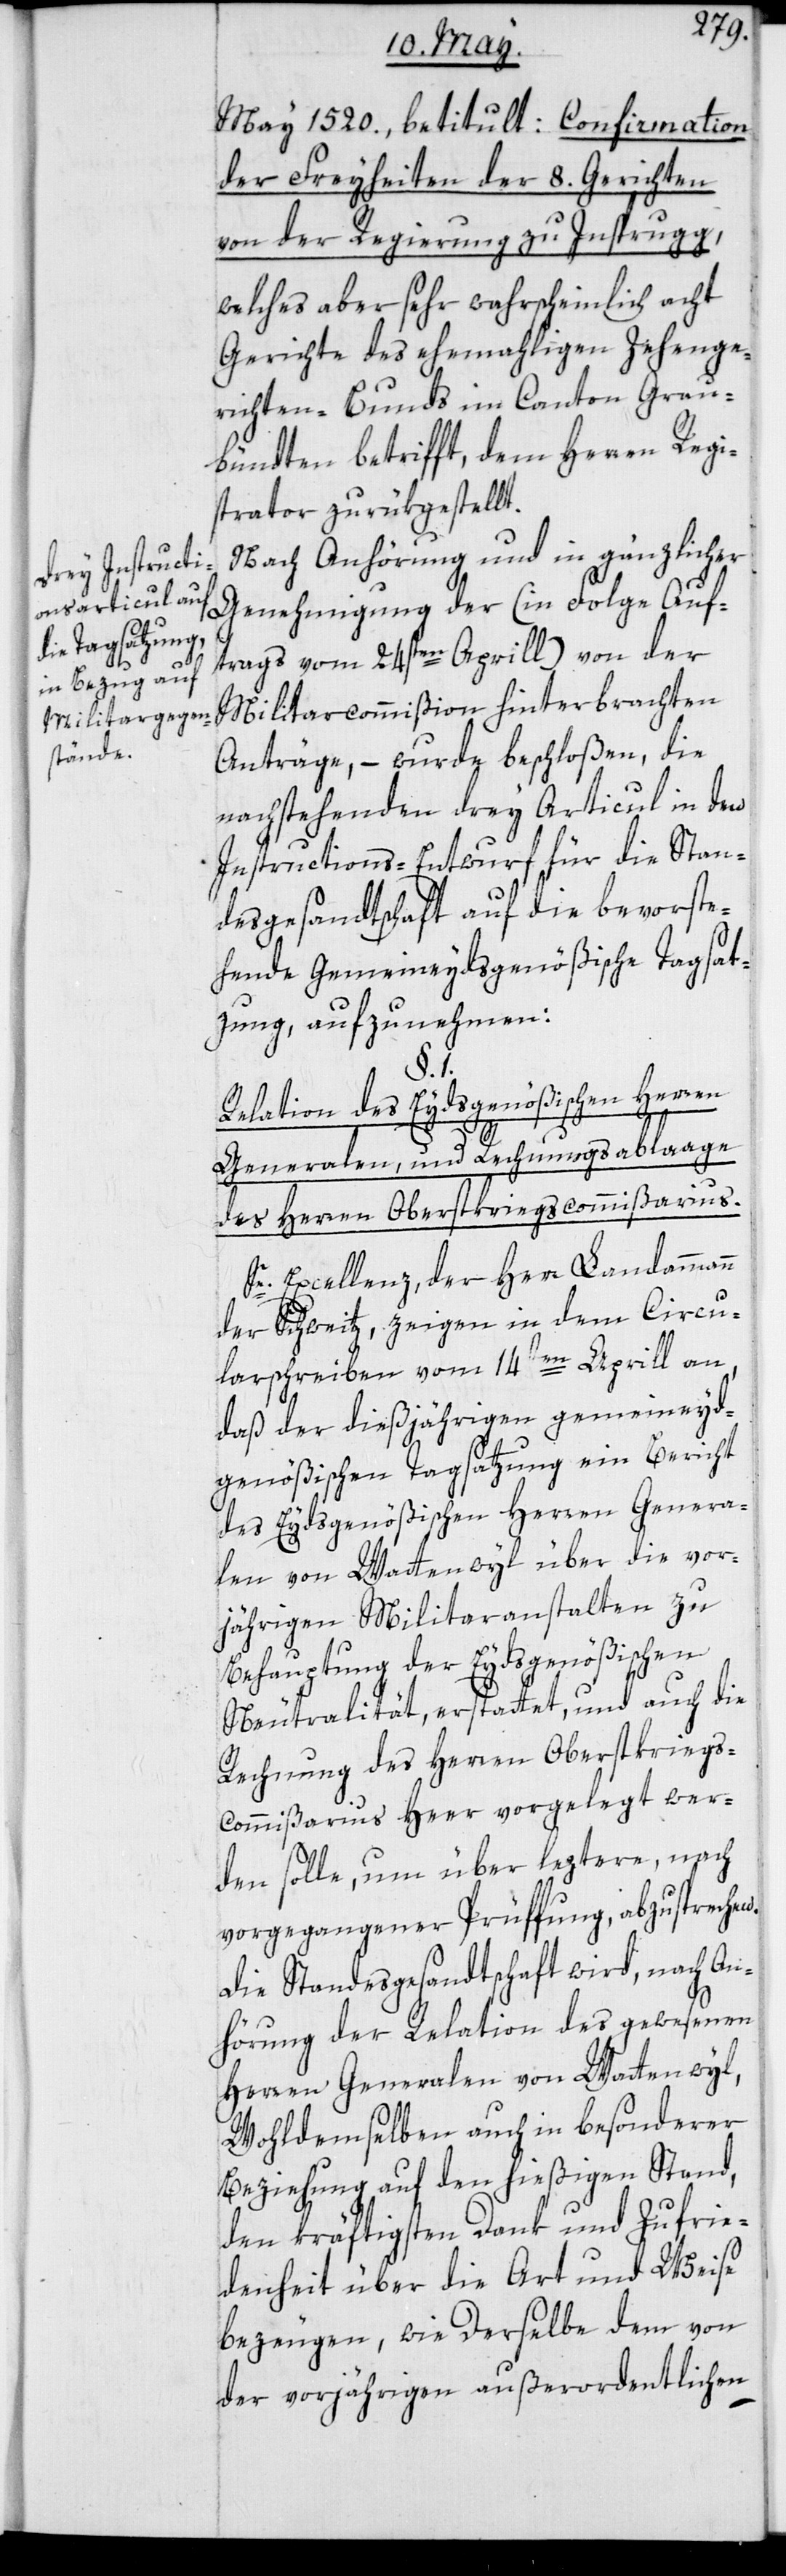
May 1520. betitult: Confirmation
der Freyheiten der 8. Gerichten
von der Regierung zu Innsprugg,
welches aber sehr wahrscheinlich acht
Gerichte des ehemaligen Zehenge¬
richten-Bunds im Canton Grau¬
bündten betrifft, dem Herren Regi¬
strator zurükgestellt.
Nach Anhörung und in gänzlicher
Genehmigung der (in Folge Auf¬
trags vom 24sten Aprill) von der
Militarcommißion hinterbrachten
Anträge, – wurde beschloßen, die
nachstehenden drey Articul in den
Instructions-Entwurf für die Stan¬
desgesandtschaft auf die bevorste¬
hende Gemeineydsgenößische Tagsat¬
zung, aufzunehmen:
§. 1.
Relation des Eydsgenößischen Herren
Generalen, und Rechnungsablaage
des Herrn Oberstkriegscommißarius.
Se. Excellenz, der Herr Landammann
der Schweitz, zeigen in dem Circu¬
larschreiben vom 14ten Aprill an,
daß der dießjährigen gemeineyd¬
genößischen Tagsatzung ein Bericht
des Eydsgenößischen Herren Genera¬
len von Wattenwyl über die vor¬
jährigen Militaranstalten zu
Behauptung der Eydsgenößischen
Neutralität, erstattet, und auch die
Rechnung des Herren Oberstkrieg¬
s-Commißarius Heer vorgelegt wer¬
den solle, um über leztere, nach
vorgegangener Prüffung, abzusprechen,
die Standesgesandtschaft wird, nach An¬
hörung der Relation des gewesenen
Herren Generalen von Wattenwyl,
Wohldemselben auch in besonderer
Beziehung auf den hießigen Stand,
den kräftigsten Dank und Zufrie¬
denheit über die Art und Weise
bezeugen, wie Derselbe dem von
der vorjährigen außerordentlichen